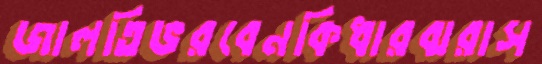
জালতিভরবেনকিধারঝরাস